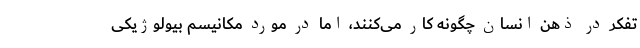
تفکر در ذهن انسان چگونه کار می‌کنند، اما در مورد مکانیسم بیولوژیکی